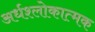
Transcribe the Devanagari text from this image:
अर्धश्लोकात्मक